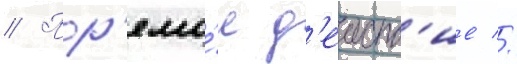
// Пр'ямо́е д'еиств'ие //